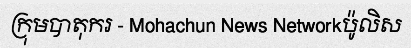
ក្រុមបាតុករ - Mohachun News Networkប៉ូលិស